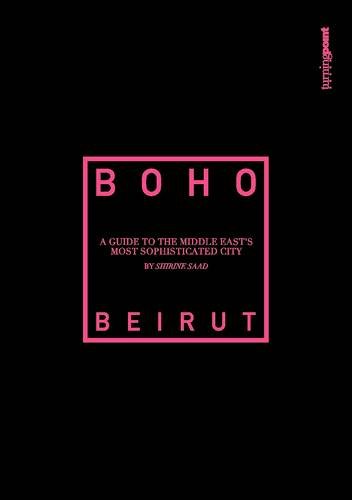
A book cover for Boho Beirut: A Guide to the Middle East's Most Sophisticated City; Shirine Saad; Travel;